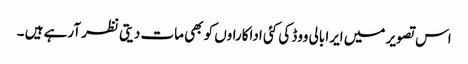
اس تصویر میں ایرا بالی ووڈ کی کئی اداکاراوں کو بھی مات دیتی نظر آرہے ہیں ۔